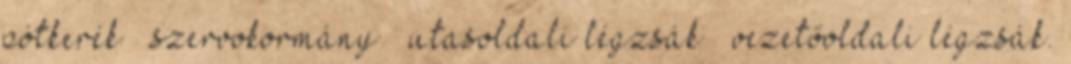
pótkerék – szervokormány – utasoldali légzsák – vezetőoldali légzsák.